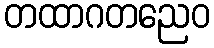
တထာဂတညေဝ